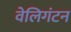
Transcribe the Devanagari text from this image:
वेलिगंटन